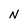
Character: N